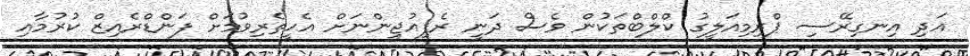
އަދި އިނގިރޭސި ޕްރިމިއަލީގު ކްލްބްތަކުން ވެސް ދަނީ ރެފިއުޖީންނަށް އެހީތެރިވުމަށް ފަންޑްރެއިޒް ކުރުމާއި